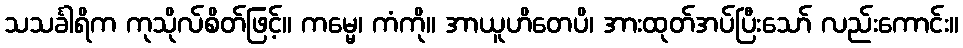
သသင်္ခါရိက ကုသိုလ်စိတ်ဖြင့်။ ကမ္မေ၊ ကံကို။ အာယူဟိတေပိ၊ အားထုတ်အပ်ပြီးသော် လည်းကောင်း။